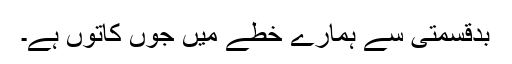
بدقسمتی سے ہمارے خطے میں جوں کاتوں ہے۔